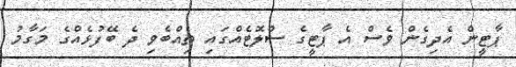
ޕާޓީން އެދިގެން ވެސް އެ ޕާޓީގެ ސްލޮޓެއްގައި ތިއްބެވި ދެ ބޭފުޅެއްގެ މަގާމު